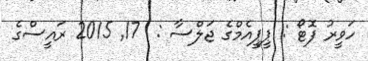
ހަވީރު ފޮޓޯ : ޕީޕީއެމްގެ ޖަލްސާ :  17